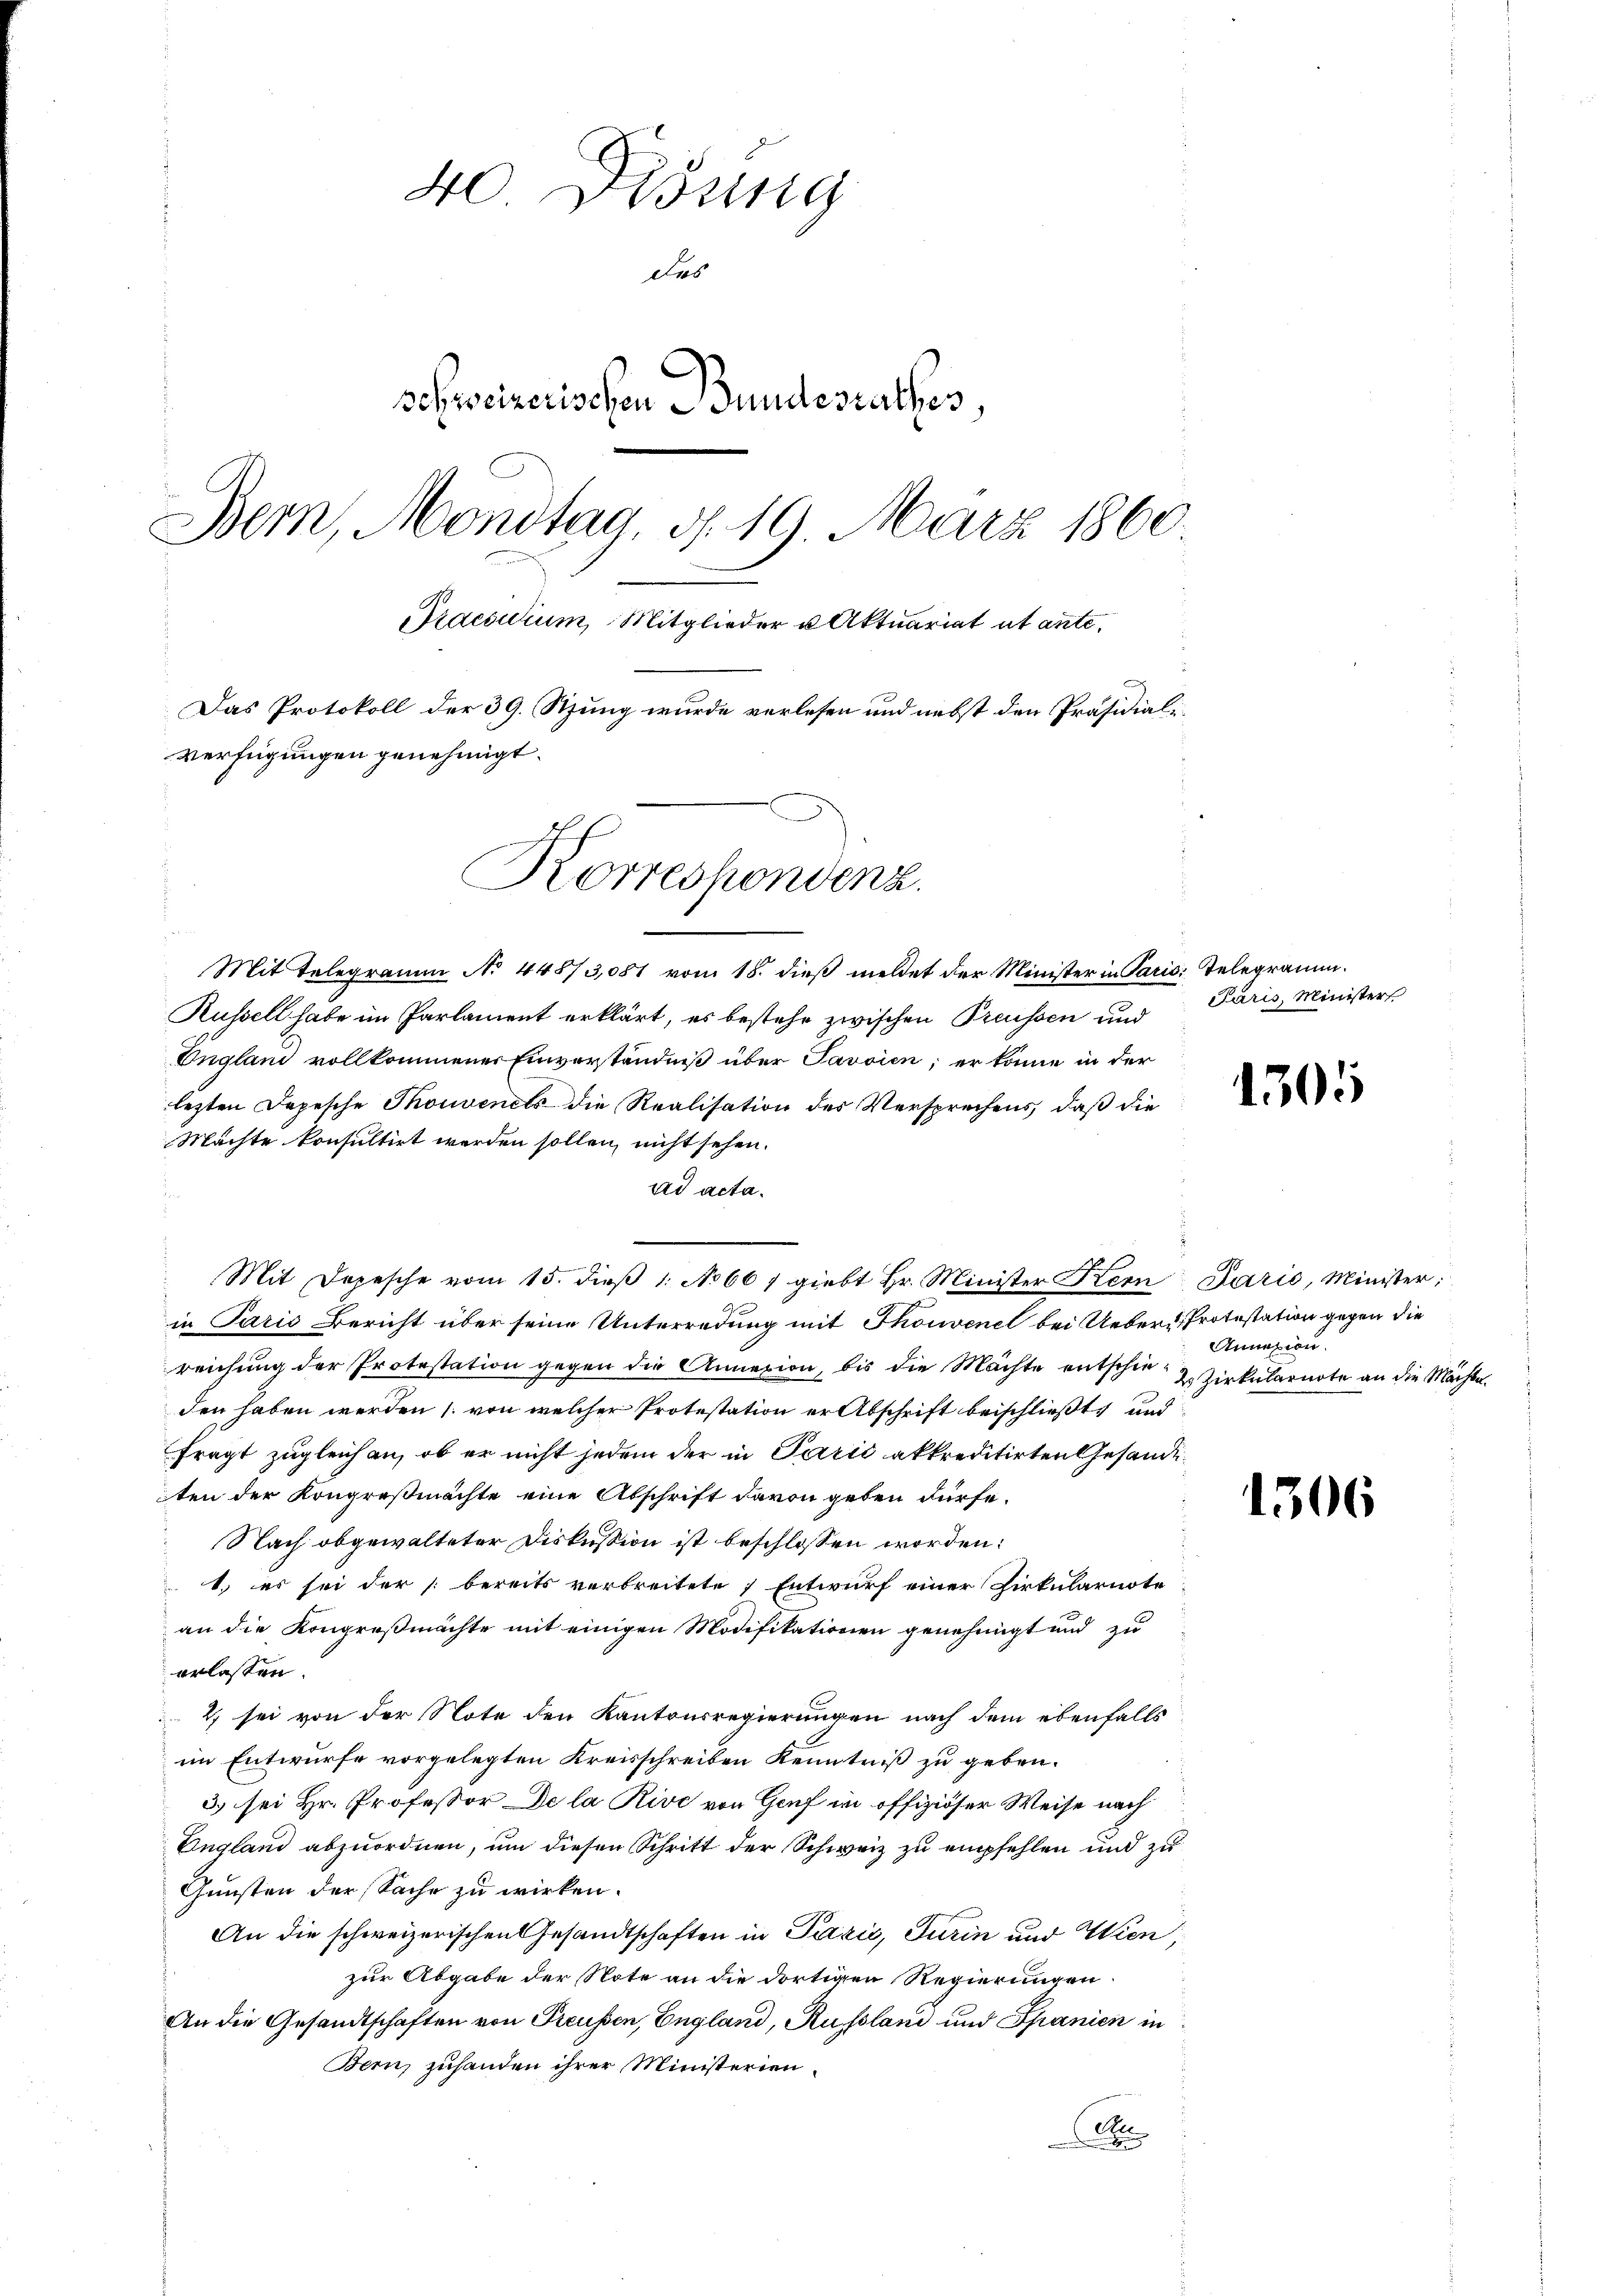
40 Didung
Des
schweizerischen Bundesrathes,
Bern, Montag, d. 19. März 1860.
Praesidium, Mitglieder u Aktuariat et ante.
Das Protokoll der 39. Stung wurde verlesen und nebst den Präsidial-
Verfügungen genehmigt.
Korrespondenz.

Mit Telegramm No 44873,081 vom 18. dieß meldet der Minister in Paris Telegramm¬
Russell habe im Parlament erklärt, es bestehe zwischen Preussen und
England vollkommener Einverständniß über Javoien; er könne in der
lezten Depesche Thonvenets die Realisation des Versprechens, daß die
Machte konsultirt werden sollen, nicht sehen.
ad acta.
in Paris Bericht über seine Unterredung mit Thonvenel bei Ueber-Protestation gegen die
reichung der Protestation gegen die Annexion, bis die Mächte entschieden haben werden (von welcher Protestation er Abschrift beischließt, und
fragt zugleichen, ob er nicht jedem der in Parić akkreditirten Gesandeten der Kongreßmächte eine Abschrift davon geben dürfe.
Nach obgewalteter Diskussion ist beschlossen worden:
1.) es sei der bereits verbreitete Entwurf einer Zirkularnote
an die Kongreßmachte mit einigen Modifikationen genehmigt und zu
erlassen.
2) sei von der Note den Kantonsregierungen nach dem ebenfalls
im Entwurfe vorgelegten Kreisschreiben Kenntniß zu geben.
3) sei Hr. Professor De la Rive von Genf in offiziöser Weise nach
England abzuordnen, um diesen Schritt der Schweiz zu empfehlen und zu
Gunsten der Sache zu wirken.
An die schweizerischen Gesandtschaften in Pazić, Turin und Wien,
zur Abgabe der Note an die dortigen Regierungen
An die Gesandtschaften von Preussen, England, Russland und Spanien in
Bern, zuhanden ihrer Ministerien.
Au

Mit Depesche vom 15. dieβ 1. No 667 giebt Hr. Minister Kern Darić, Minister;

Paris, Minister

1305

Annazion.
2 Zirkularnote an die Mächte.

1306